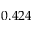
0 . 4 2 4